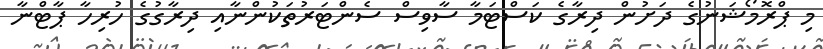
މި ޕްރޮމޯޝަނުގެ ދަށުން ދިރާގެ ކަސްޓަމާ ސާވިސް ސެންޓަރުތަކުންނާއި ދިރާގުގެ ހުރިހާ ޕާޓްނާ